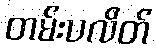
တမ်းပလိတ်